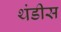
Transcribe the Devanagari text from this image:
थंडीस